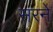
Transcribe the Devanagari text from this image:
सरने